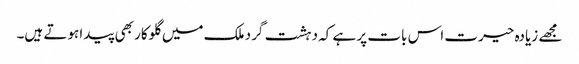
مجھے زیادہ حیرت اس بات پر ہے کہ دہشت گرد ملک میں گلوکار بھی پیدا ہوتے ہیں۔